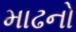
માઢનો